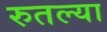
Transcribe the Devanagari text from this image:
रुतल्या